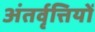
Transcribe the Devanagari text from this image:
अंतर्वृत्तियों